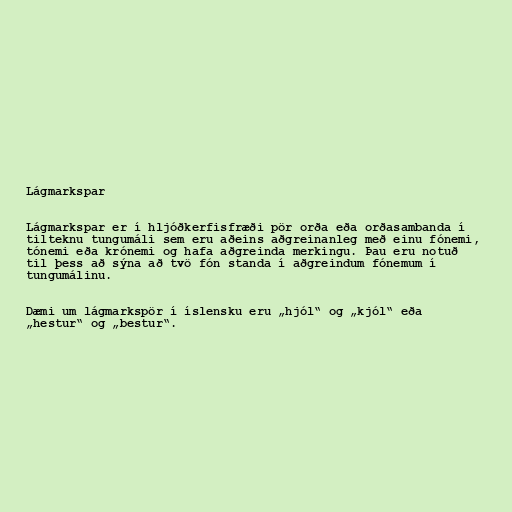
Lágmarkspar

Lágmarkspar er í hljóðkerfisfræði pör orða eða orðasambanda í
tilteknu tungumáli sem eru aðeins aðgreinanleg með einu fónemi,
tónemi eða krónemi og hafa aðgreinda merkingu. Þau eru notuð
til þess að sýna að tvö fón standa í aðgreindum fónemum í
tungumálinu.

Dæmi um lágmarkspör í íslensku eru „hjól“ og „kjól“ eða
„hestur“ og „bestur“.